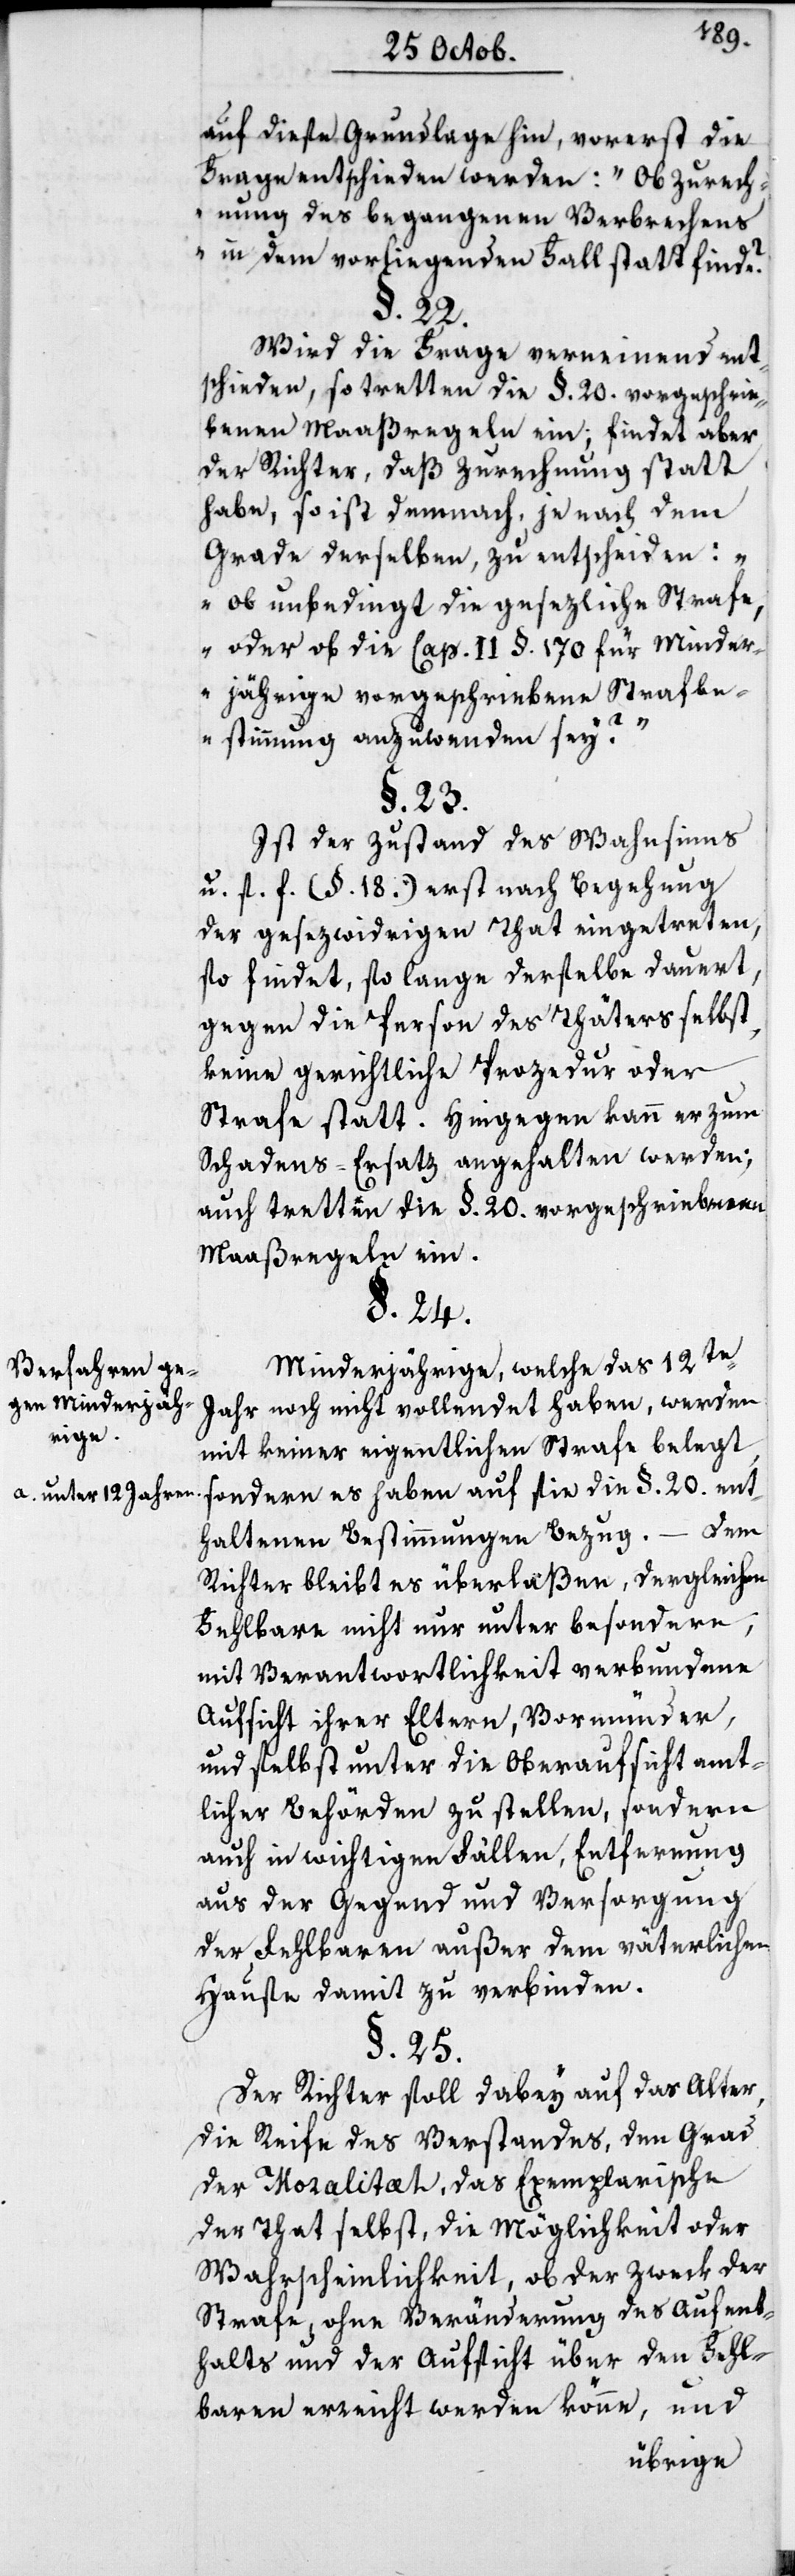
Verfahren ge¬
gen Minderjäh¬
rige.
a. unter 12 Jahren.

auf diese Grundlage hin, vorerst die
Frage entschieden werden: „Ob Zurech¬
nung des begangenen Verbrechens
in dem vorliegenden Fall statt finde“?
§. 22.
Wird die Frage verneinend ent¬
schieden, so tretten die §. 20. vorgeschrie¬
benen Maaßregeln ein; findet aber
der Richter, daß Zurechnung statt
habe, so ist demnach, je nach dem
Grade derselben, zu entscheiden:
„Ob unbedingt die gesezliche Strafe
oder ob die Cap. II §. 170. für Minder¬
jährige vorgeschriebene Strafbe¬
stimmung anzuwenden sey?“
§. 23.
Ist der Zustand des Wahnsinns
u. s. f. (§. 18) erst nach Begehung
der gesezwidrigen That eingetreten,
so findet, so lange derselbe dauert,
gegen die Person des Thäters selbst
keine gerichtliche Prozedur oder
Strafe statt. Hingegen kann er zum
Schadens-Ersatz angehalten werden;
auch tretten die §. 20. vorgeschriebenen
Maaßregeln ein.
§. 24.
Minderjährige, welche das 12te.
Jahr noch nicht vollendet haben, werden
mit keiner eigentlichen Strafe belegt,
sondern es haben auf sie die §. 20. ent¬
haltenen Bestimmungen Bezug. – Dem
Richter bleibt es überlaßen, dergleichen
Fehlbare nicht nur unter besondere,
mit Verantwortlichkeit verbundene
Aufsicht ihrer Eltern, Vormünder,
und selbst unter die Oberaufsicht amt¬
licher Behörden zu stellen, sondern
auch in wichtigen Fällen, Entfernung
aus der Gegend und Versorgung
der Fehlbaren außer dem väterlichen
Hause damit zu verbinden.
§. 25.
Der Richter soll dabey auf das Alter,
die Reife des Verstandes, den Grad
der Moralität, das Exemplarische
der That selbst, die Möglichkeit oder
Wahrscheinlichkeit, ob der Zweck der
Strafe, ohne Veränderung des Aufent¬
halts und der Aufsicht über den Fehl¬
baren erreicht werden könne, und